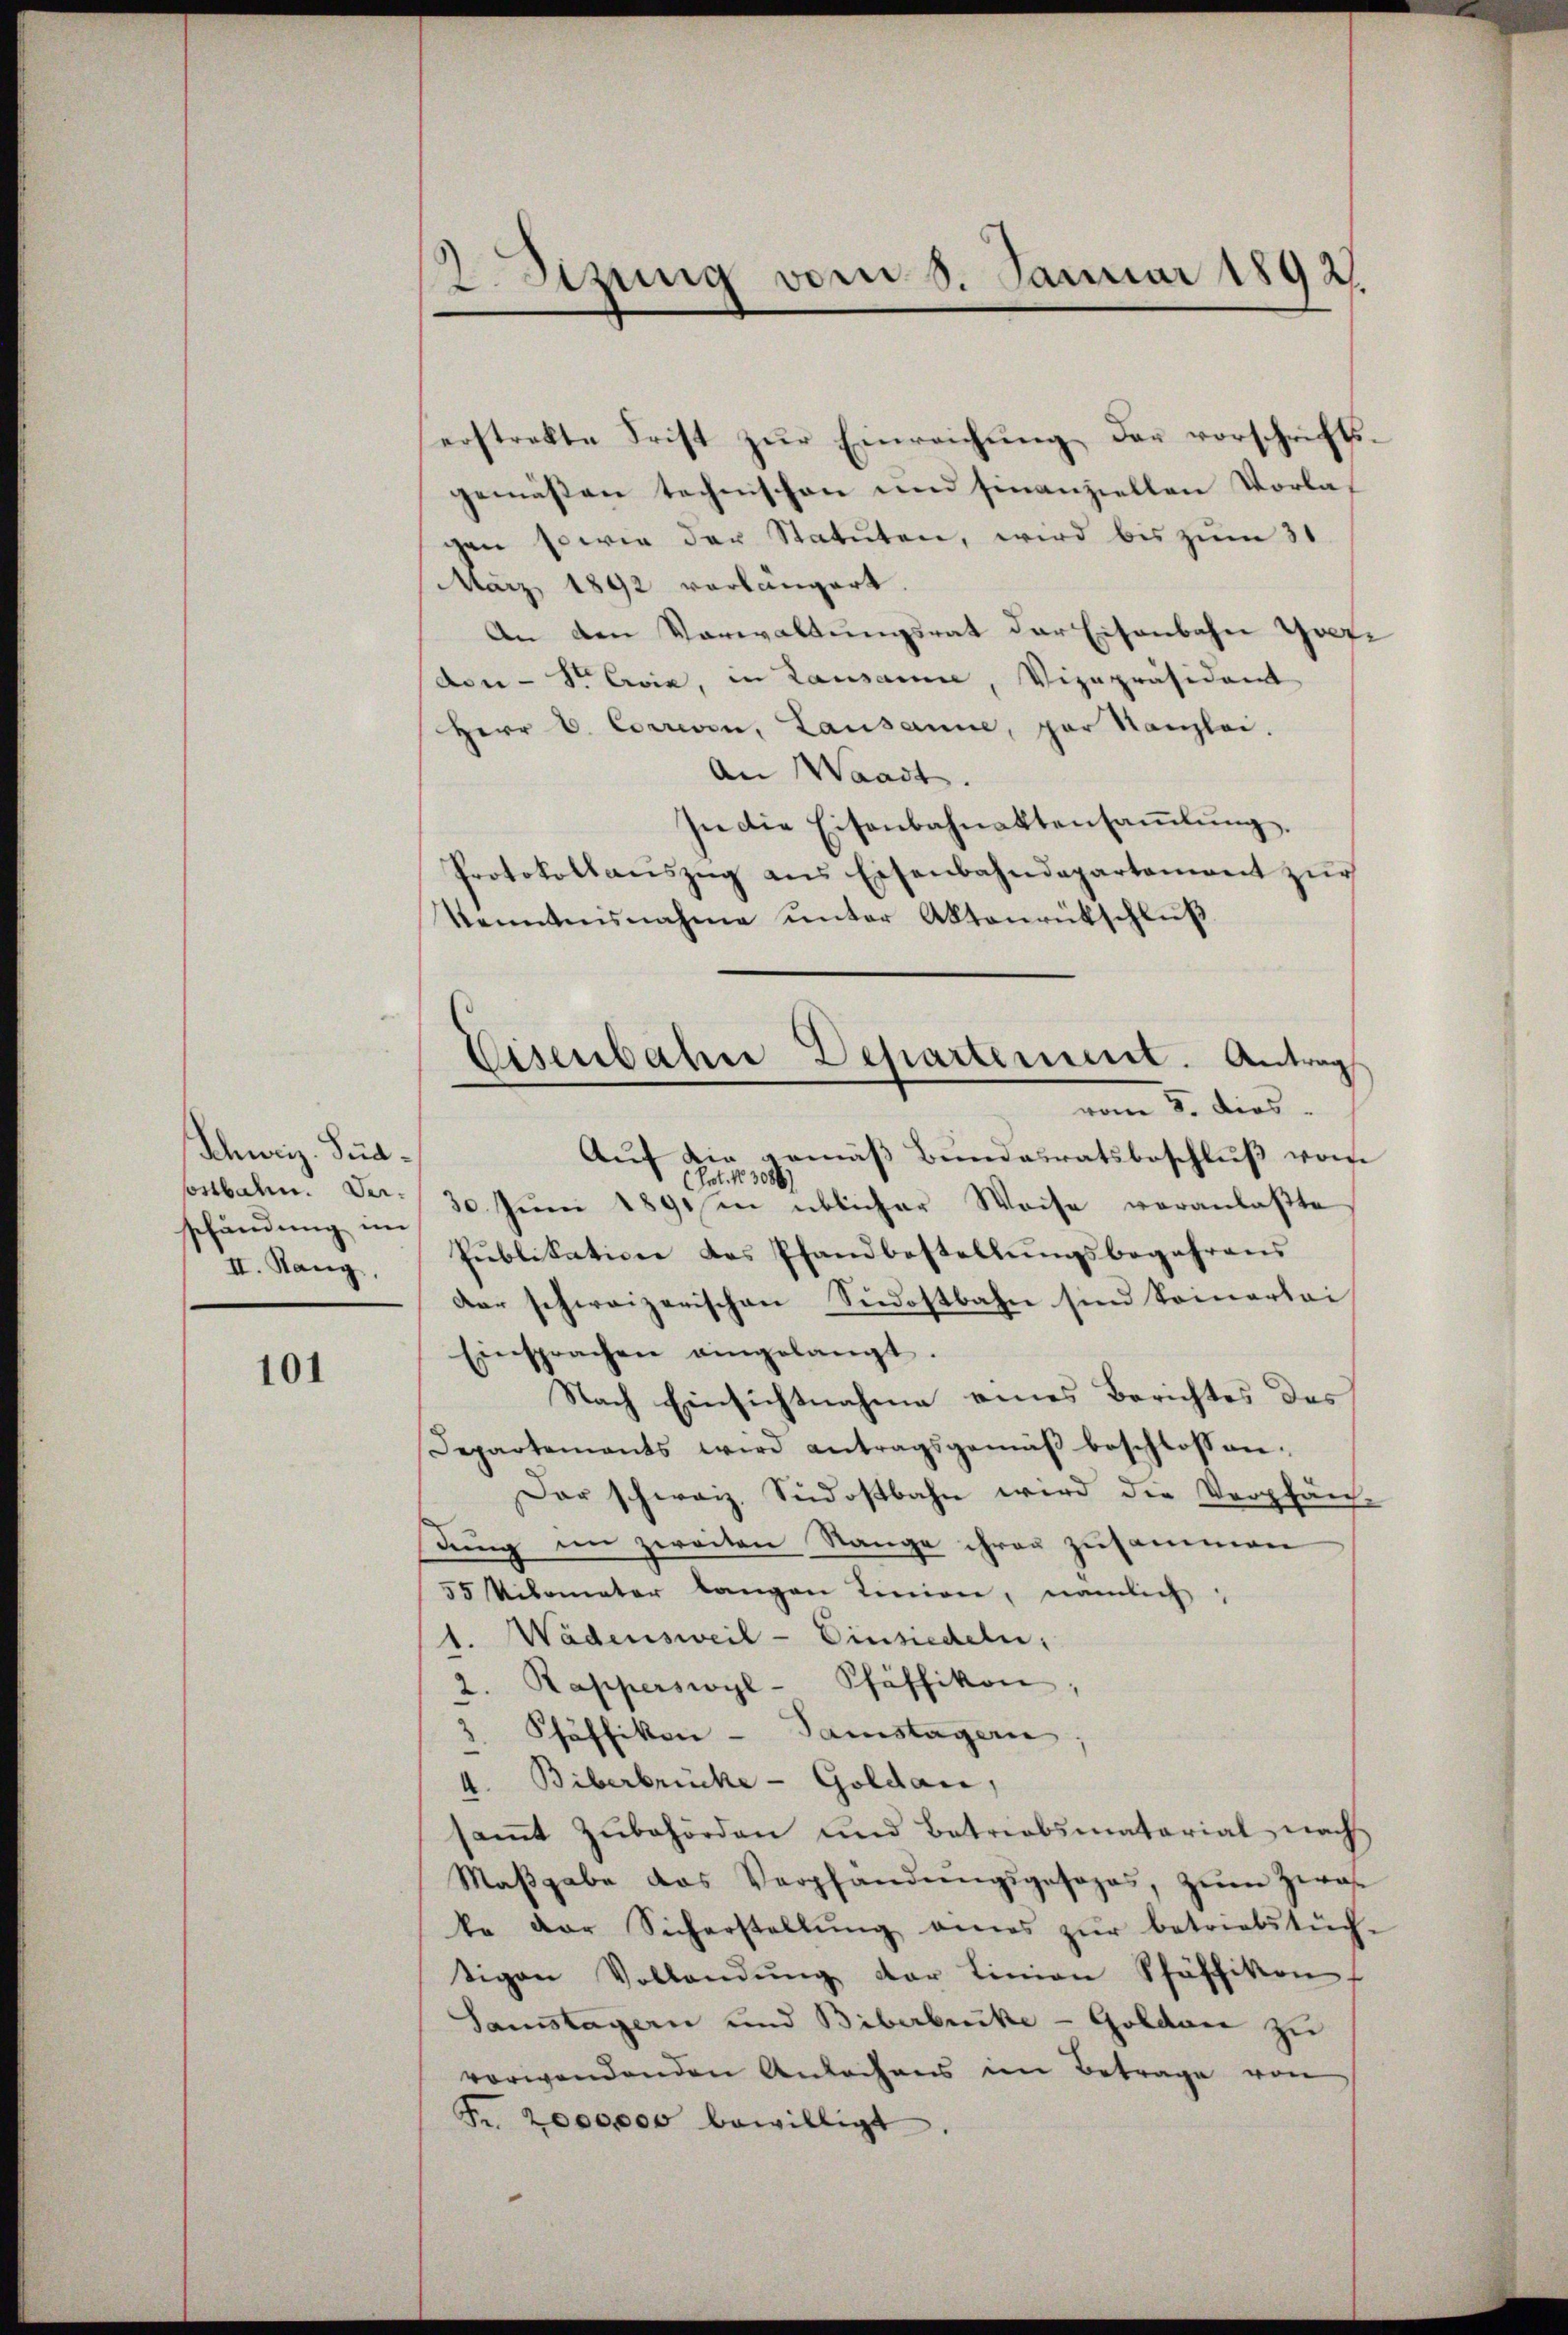
Schweiz. Sua¬
Costbahn. Verschändung im
II. Rang,

101

2 Sizung vom 8. Januar 1892

erstrekte Frist zŭr Einreichŭng der vorschrifts-
gemäßen technischen und finanziellen Vorlagen sowie der Statuten, wird bis zum 31.
März 1892 verlängert.
An den Verwaltungsrat der Eisenbahn Gotte
don Sr Evia, in Lausanne, Vizepräsident
Herr V. Corriven, Lausanne, par Kanzlei.
An Waadt.
In die Eisenbahnaktensaṁlŭng.
Protokollaŭszŭg aŭs Eisenbahndepartement zŭr
Kenntnisnahme unter Aktenrütschlŭβ
Auf die gemäß Bundesratsbeschluß vom
(Pot. No. 308
30. Juni 1891/en üblicher Weise veranlaßte
Pŭblikation des Pfandbestellŭngsbegehrens
dar schweizerischen Südostbahn sind konnerlei
Einsprachen eingelangt.
Nach Einsichtnahme eines Berichtes des
Departements wird antragsgemäβ beschlossen:
Der schweiz. Südostbahn wird die Verpfän-
dung im zweiten Stange ihren zusammen
55 Kilomater langen Linien, nämlich:
1. Wädensweil - Einsiedeln,
2. Rapperswyl- Pfäffikon,
.
Pfäffikon - Samstagern
4. Biberbrücke - Goldau,
saṁt zŭbehörden und Batriobsmaterial nach
Maβgabe das Verpfandŭngsposohas, zŭm Zwar
ke der Sicherstellŭng eines zŭr betriebstŭch-
tigen Vollendŭng der Linien Schäffikon
Samstagern und Biberbrücke - Goldau zu
verwendenden Antechens im Betrage von
Fr. 2000000 bewilligt.

Eisenbahre Departement. Antrag
vom 8. dies